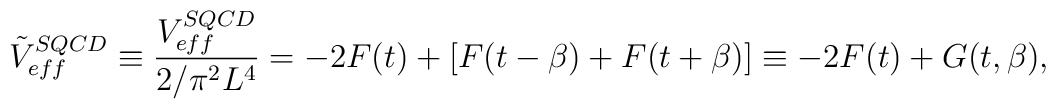
{\tilde V}_{eff}^{SQCD}\equiv {{V_{eff}^{SQCD}}\over {2/\pi^2L^4}}=-2F(t) +\bigl[F(t-\beta)+F(t+\beta)\bigr]\equiv -2F(t)+G(t, \beta),